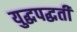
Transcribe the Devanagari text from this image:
युद्धपद्धती